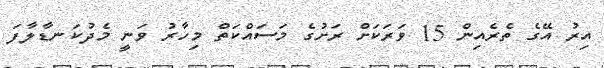
އިރު އޭގެ ތެރެއިން 15 ވަރަކަށް ރަށުގެ މަސައްކަތް މިހާރު ވަނީ މެދުކަނޑާލާފަ